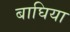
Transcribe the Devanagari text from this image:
बाघिया